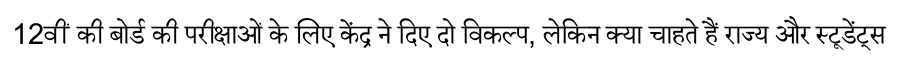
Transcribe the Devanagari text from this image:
12वीं की बोर्ड की परीक्षाओं के लिए केंद्र ने दिए दो विकल्प, लेकिन क्या चाहते हैं राज्य और स्टूडेंट्स